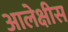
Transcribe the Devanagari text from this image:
आलेक्षीस